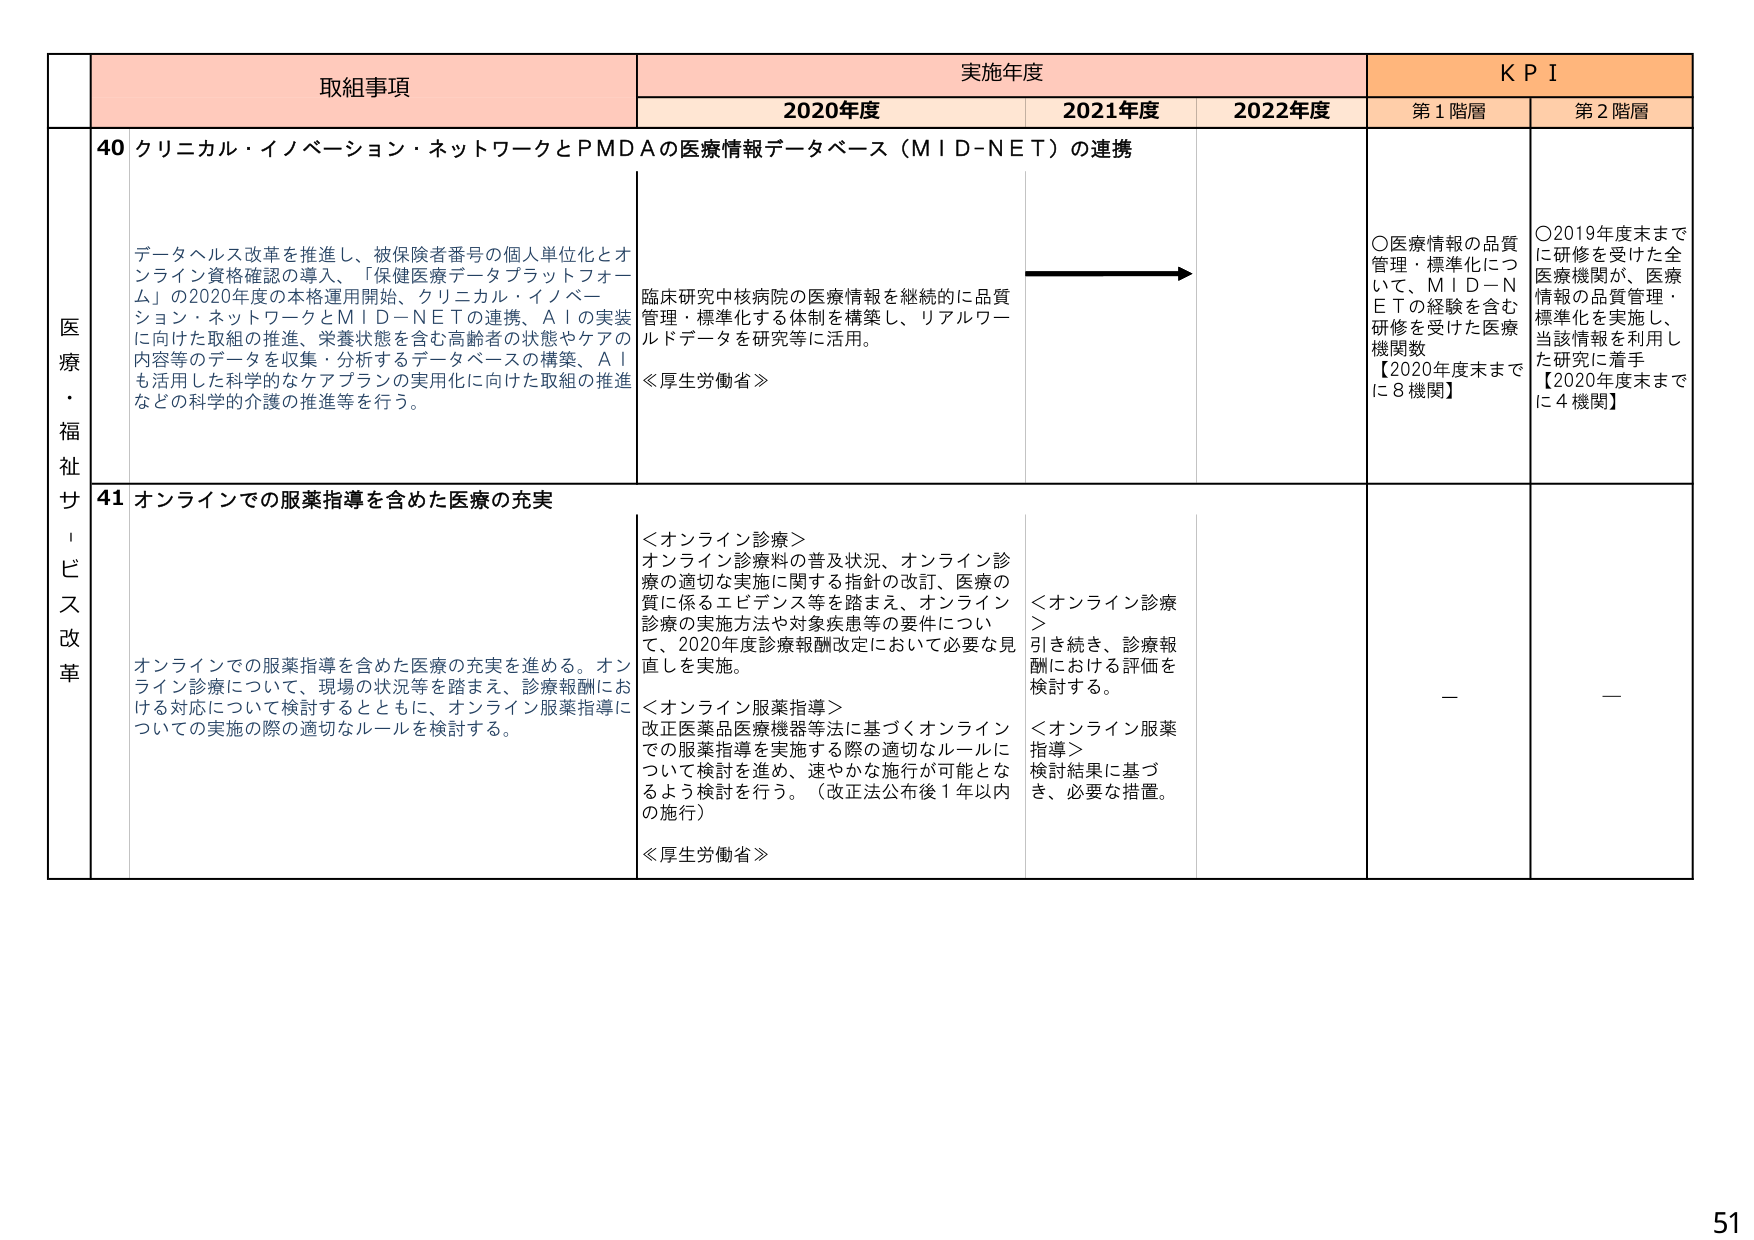
医療・福祉サービス改革

取組事項
実施年度
K P I

2020年度
2021年度
2022年度
第1階層
第2階層

40 クリニカル・イノベーション・ネットワークとPMDAの医療情報データベース（MID-NET）の連携

データヘルス改革を推進し、被保険者番号の個人単位化とオンライン資格確認の導入、「保健医療データプラットフォーム」の2020年度の本格運用開始、クリニカル・イノベーション・ネットワークとMID-NETの連携、AIの実装に向けた取組の推進、栄養状態を含む高齢者の状態やケアの内容等のデータを収集・分析するデータベースの構築、AIも活用した科学的なケアプランの実用化に向けた取組の推進などの科学的介護の推進等を行う。

臨床研究中核病院の医療情報を継続的に品質管理・標準化する体制を構築し、リアルワールドデータを研究等に活用。
≪厚生労働省≫

○医療情報の品質管理・標準化について、MID-NETの経験を含む研修を受けた医療機関数
【2020年度末までに8機関】

○2019年度末までに研修を受けた全医療機関が、医療情報の品質管理・標準化を実施し、当該情報を利用した研究に着手
【2020年度末までに4機関】

41 オンラインでの服薬指導を含めた医療の充実

オンラインでの服薬指導を含めた医療の充実を進める。オンライン診療について、現場の状況等を踏まえ、診療報酬における対応について検討するとともに、オンライン服薬指導についての実施の際の適切なルールを検討する。

＜オンライン診療＞
オンライン診療料の普及状況、オンライン診療の適切な実施に関する指針の改訂、医療の質に係るエビデンス等を踏まえ、オンライン診療の実施方法や対象疾患等の要件について、2020年度診療報酬改定において必要な見直しを実施。

＜オンライン服薬指導＞
改正医薬品医療機器等法に基づくオンラインでの服薬指導を実施する際の適切なルールについて検討を進め、速やかな施行が可能となるよう検討を行う。（改正法公布後1年以内の施行）
≪厚生労働省≫

＜オンライン診療＞
引き続き、診療報酬における評価を検討する。

＜オンライン服薬指導＞
検討結果に基づき、必要な措置。

—

—

51